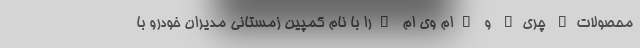
محصولات" چری" و "ام وی ام "را با نام کمپین زمستانی مدیران خودرو با